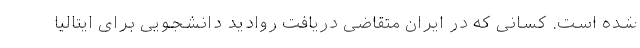
شده است. کسانی که در ایران متقاضی دریافت روادید دانشجویی برای ایتالیا